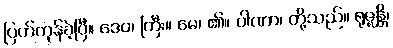
ပြတ်ကုန်ခဲ့ပြီ။ ဒေဝ၊ ကြီး။ မေ၊ ၏။ ပါဏာ၊ တို့သည်။ ရုဇ္ဈန္တိ၊